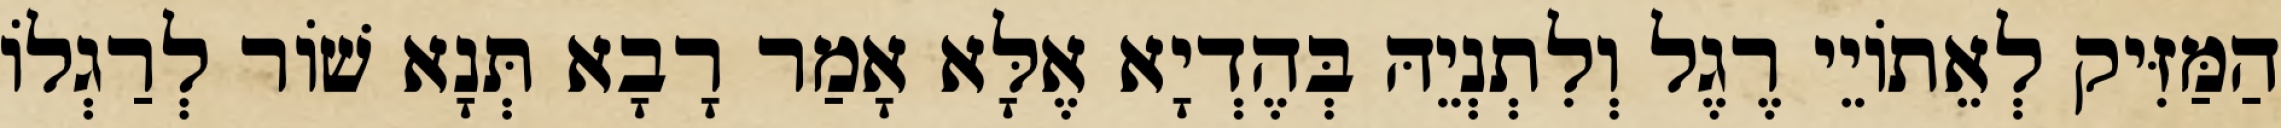
הַמַּזִּיק לְאֵתוֹיֵי רֶגֶל וְלִתְנְיֵהּ בְּהֶדְיָא אֶלָּא אָמַר רָבָא תְּנָא שׁוֹר לְרַגְלוֹ